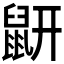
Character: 𪔾